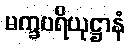
မက္ခပရိယုဋ္ဌာနံ